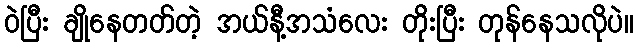
ဝဲပြီး ချိုနေတတ်တဲ့ အယ်နီ့အသံလေး တိုးပြီး တုန်နေသလိုပဲ။